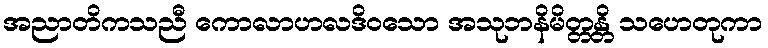
အညာတိကသညီ ကောလာဟလဒိဝသော အသုဘနိမိတ္တန္တိ သဟေတုကာ